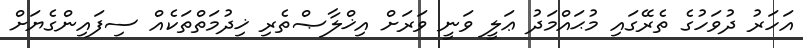
އަހަރު ދުވަހުގެ ތެރޭގައި މުޙައްމަދު ޢަލީ ވަނީ ވަރަށް އިޚްލާޞްތެރި ޚިދުމަތްތަކެއް ސިފައިންގެޔަށް